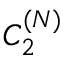
C _ { 2 } ^ { ( N ) }